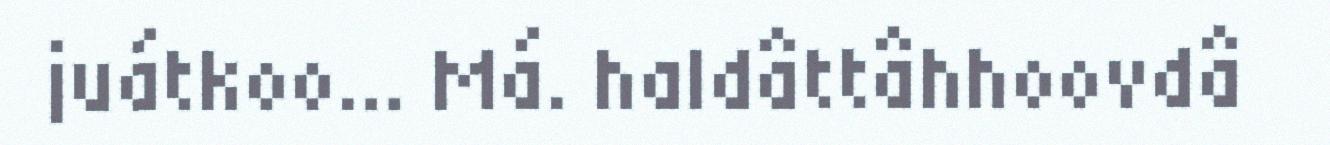
juátkoo… Má. haldâttâhhoovdâ